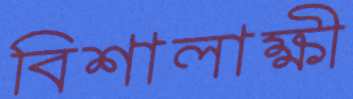
বিশালাক্ষী